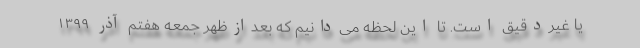
یا غیردقیق است. تا این لحظه می‌دانیم که بعدازظهر جمعه هفتم آذر ۱۳۹۹